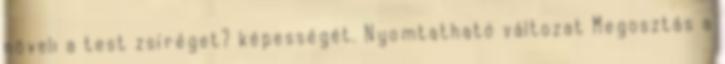
növeli a test zsíréget? képességét. Nyomtatható változat Megosztás a